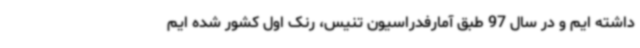
داشته ایم و در سال 97 طبق آمارفدراسیون تنیس، رنک اول کشور شده ایم